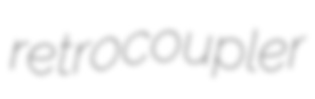
retrocoupler